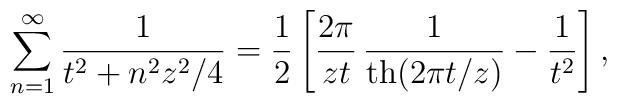
\sum_{n=1}^{\infty} \frac{1}{t^2+n^2 z^2 /4}=\frac12 \left[\frac{2\pi}{zt}\,\frac{1}{{\rm th}(2\pi t/z)}-\frac{1}{t^2}\right],